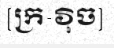
[ក្រ-វ៉ិច]